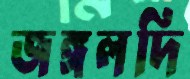
জঙ্গলদি